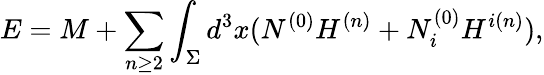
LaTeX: E=M+\sum_{n\ge 2}\int_{\Sigma}d^{3}x(N^{(0)}H^{(n)}+N_{i}^{(0)}H^{i(n)}),